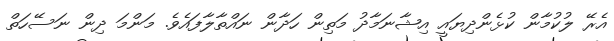
އެރޭ ލުކުމާން ކުޅެންދިޔައީ އިޝާނަމާދު މަތިން ހަދާން ނައްތާލާފައެވެ. މަންމަ ދިން ނަސޭހަތް